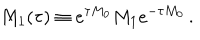
LaTeX: M _ { 1 } ( \tau ) \equiv e ^ { \tau M _ { 0 } } M _ { 1 } e ^ { - \tau M _ { 0 } } \, .